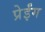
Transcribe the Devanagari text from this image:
प्रेईंग